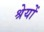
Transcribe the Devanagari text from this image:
श्रेयों